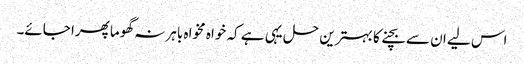
اس لیے ان سے بچنے کا بہترین حل یہی ہے کہ خواہ مخواہ باہر نہ گھوما پھرا جائے۔